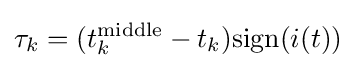
\tau _{k}=(t_{k}^{\rm {middle}}-t_{k}){\text{sign}}(i(t))